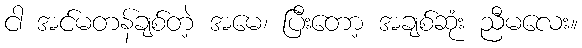
ငါ အင်မတန်ချစ်တဲ့ အမေ၊ ပြီးတော့ အချစ်ဆုံး ညီမလေး။